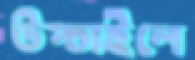
উপ্‌চাইলে